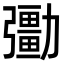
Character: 𠣀